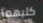
كليهما